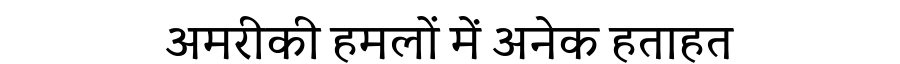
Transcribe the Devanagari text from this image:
अमरीकी हमलों में अनेक हताहत